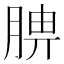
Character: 腗